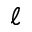
\ell